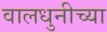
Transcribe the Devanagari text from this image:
वालधुनीच्या